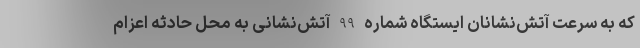
که به سرعت آتش‌نشانان ایستگاه شماره 99 آتش‌نشانی به محل حادثه اعزام